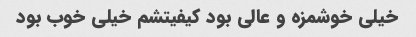
خیلی خوشمزه و عالی بود کیفیتشم خیلی خوب بود